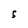
Character: 5